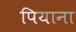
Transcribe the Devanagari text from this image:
पियाना